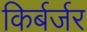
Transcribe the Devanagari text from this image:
किर्बर्जर